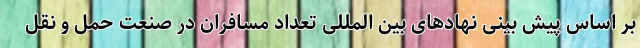
بر اساس پیش بینی نهاد‌های بین المللی تعداد مسافران در صنعت حمل و نقل